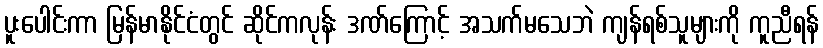
ပူးပေါင်းကာ မြန်မာနိုင်ငံတွင် ဆိုင်ကလုန်း ဒဏ်ကြောင့် အသက်မသေဘဲ ကျန်ရစ်သူများကို ကူညီရန်